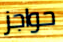
حواجز